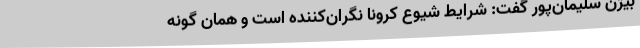
بیژن سلیمان‌پور گفت: شرایط شیوع کرونا نگران‌کننده است و همان گونه